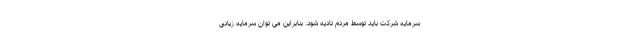
سرمایه شرکت باید توسط مردم تادیه شود. بنابراین می توان سرمایه زیادی